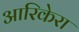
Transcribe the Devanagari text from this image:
आरिकेरा